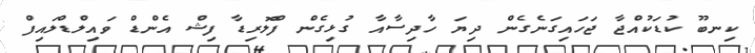
ކިނބޫ ކުޑަކުއްޖާ ޖަހައިގަނެގެން ދިޔަ ހާދިސާއާ ގުޅިގެން ފްލޮރިޑާ ފިޝް އެންޑް ވައިލްޑްލައިފް